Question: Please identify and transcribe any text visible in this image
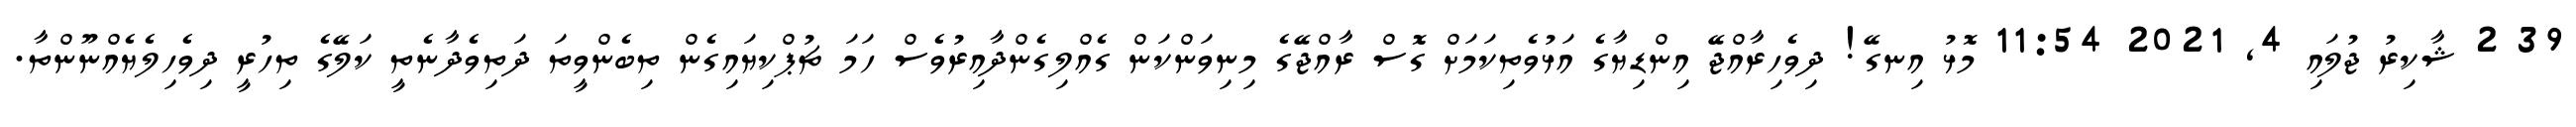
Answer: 39 2 ޝާކިރު ޖުލައި 4, 2021 11:54 މޮޅު އިނގޭ! ދިވެހިރާއްޖޭ އިންޑިޔާގެ އަޅުވެތިކަމަށް ގޮސް ރާއްޖޭގެ މިނިވަންކަން ގެއްލިގެންދާއިރުވެސް ހަމަ ޗުޕްކިޔައިގެން ތިބެންވީތަ ދަތިވެދާނެތީ ކަލޭގެ ތިހުރީ ދިވެހިލެޔެއްނޫންތާ.